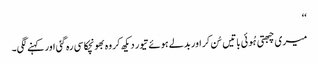
‘‘
میری چبھتی ہُوئی باتیں سُن کر اور بدلے ہوئے تیور دیکھ کر وہ بھونچکا سی رہ گئی اور کہنے لگی۔